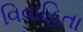
વિવાહિતા